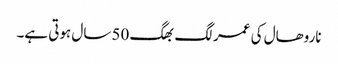
ناروھال کی عمر لگ بھگ 50 سال ہوتی ہے۔